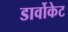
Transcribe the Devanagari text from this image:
डार्वोकेट